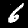
Label: 6